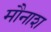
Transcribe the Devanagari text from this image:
मौनाश